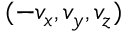
( - v _ { x } , v _ { y } , v _ { z } )